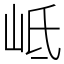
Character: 岻